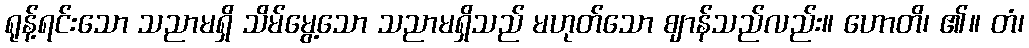
ရုန့်ရင်းသော သညာမရှိ သိမ်မွေ့သော သညာမရှိသည် မဟုတ်သော ဈာန်သည်လည်း။ ဟောတိ၊ ၏။ တံ၊